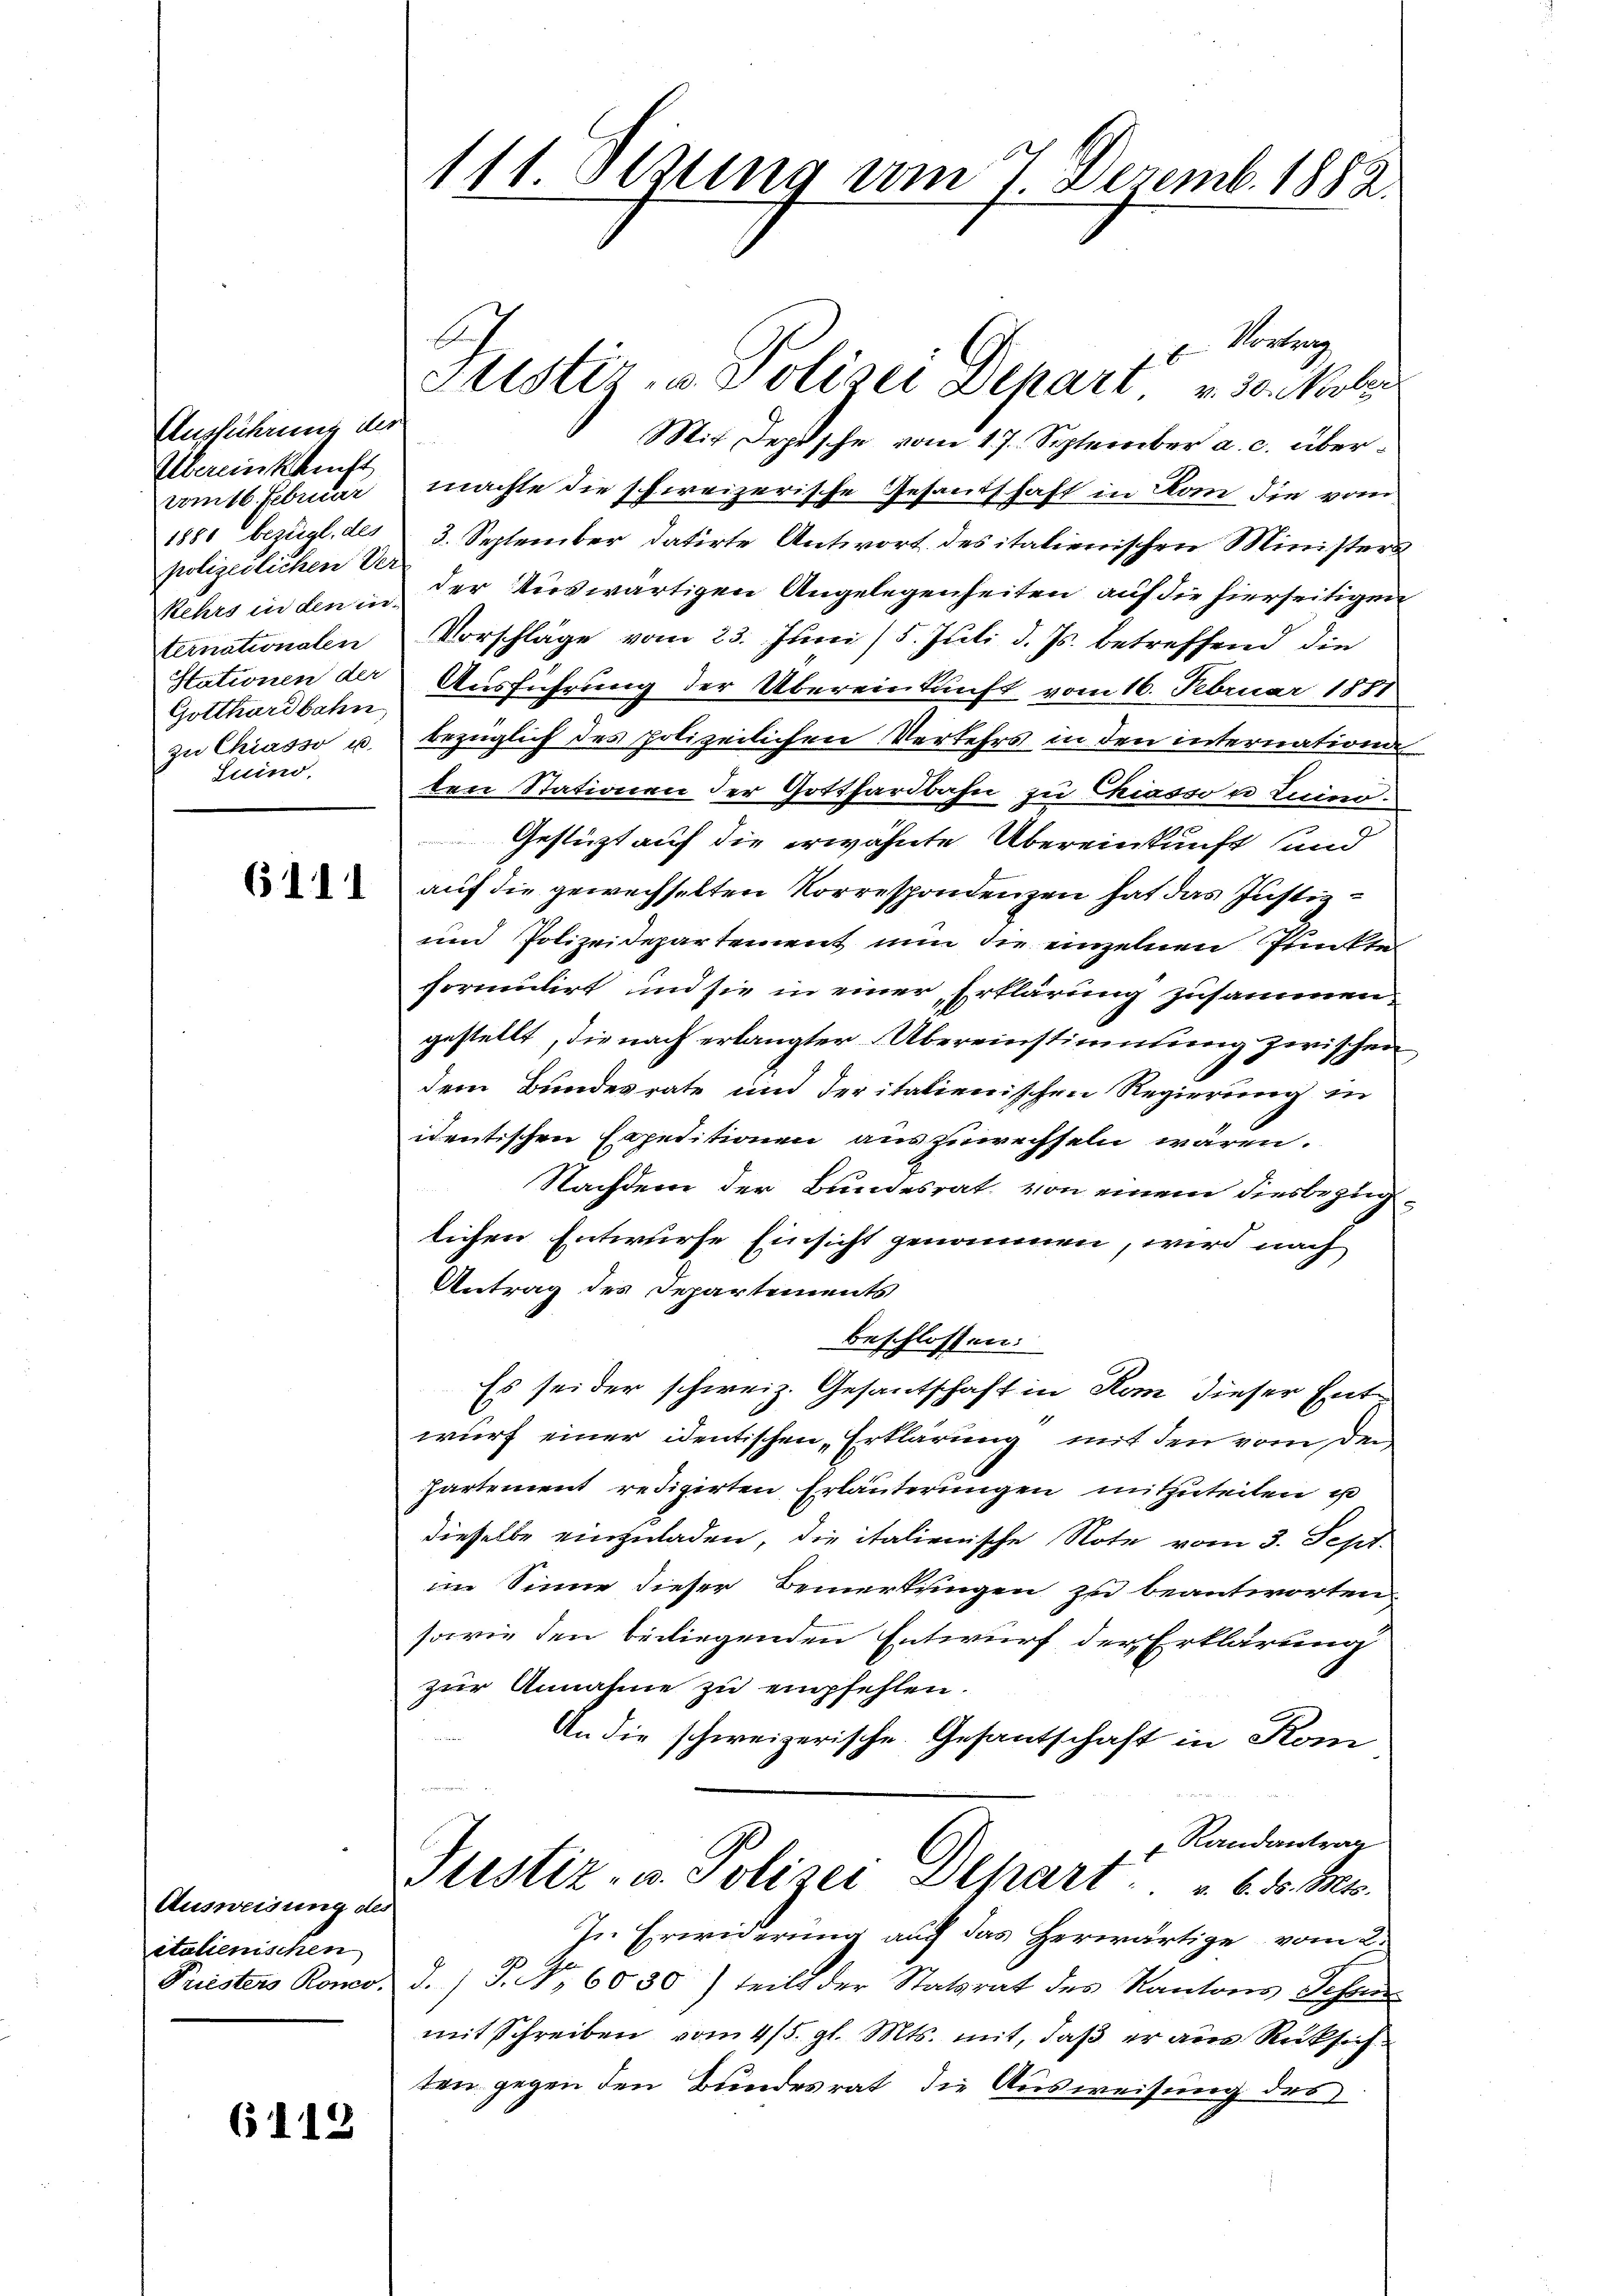
Ausführung der
Übereinkauft
vom 16. Febuar
1880 bezügl. des
polizeilichen Ver
ternationalen
Gotthardbahn,
zu Chiasso u.
Luino,

6111

Ausweisung des
italienischen
Priesters Ronco.

6119

Verberg
Fristir, u. Polizei Dehart u. 30. Melan
Mit Depesche vom 17. September a. c. übermachte die schweizerische Gesandschaft in Kam die vom
3. September datirte Antwort des italienischen Ministers
Kehrs in den in der Auswärtigen Angelegenheiten, auf die hierseitigen
Vorschläge vom 23. Juni / 5. Juli d. Js. betreffend die
Stationen der Ausführung der Übereinkunft vom 16. Februar 1881
bezüglich des polizeilichen Verkehrs in den internation
ten Stationen der Gotthardbahn zu Chiasson Luino.
Gestützt auf die erwähnte Übereinkunft sind
auf die gewechselten Korrespondenzen hat das Justiz¬
und Polizeidepartement nun die einzelnen Punckte
formulirt, und sie in einer Erklärung zusammengestellt, die nach erlangter Übereinstimmung zwischen
dem Bundesrate und deritalienischen Regierung in
identischen Expeditionen auszuwechseln wären.
Nachdem der Bundesrat, von einem diesbezüglichen Entwurfe Einsicht genommen, wird nach
Antrag des Departements
beschlossen:
Es sei der schweiz. Gesandtschaft in Rom dieser Ente
wurf einer identischen „Erklärung mit den vom Dei
hartement redigirten Erläuterungen mitzuteilen u
dieselbe einzuladen, die italienische Note vom 3. Sept.
im Sinne dieser Bemerkungen zu beantworten,
sowie den beiliegenden Entwurf der Erklärung
zur Annahme zu empfehlen.
An die schweizerische Gesantschaft in Kom
Randantrag
Justiz- u. Polizei Depart " 6. d. Mts.
In Erwiderung auch das Herwärtige vom 2.
d.) P. Nr. 6030) teils der Statsrat des Kantons Schnen
mit Schreiben vom 4/5. gl. Mts. mit, daß er aus Rücksich
ten gegen den Bundesrat, die Ausweisung des

111. Sezung vom 7. Dezemb. 1882.

E